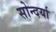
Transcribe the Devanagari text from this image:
सोन्दर्या